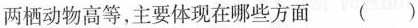
两栖动物高等，主要体现在哪些方面 ( )